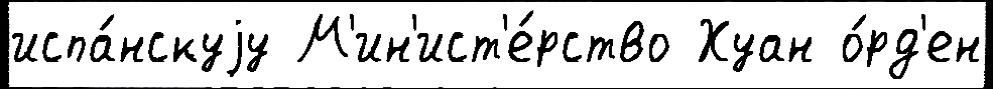
испа́нскуjу М'ин'ист'е́рство Хуан о́рд'ен